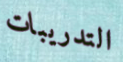
التدريبات